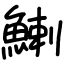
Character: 鯻